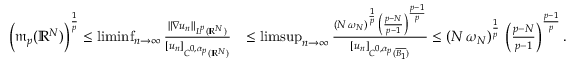
\begin{array} { r l } { \Big ( \mathfrak { m } _ { p } ( \mathbb { R } ^ { N } ) \Big ) ^ { \frac { 1 } { p } } \le \operatorname* { l i m i n f } _ { n \to \infty } \frac { \| \nabla u _ { n } \| _ { L ^ { p } ( \mathbb { R } ^ { N } ) } } { [ u _ { n } ] _ { C ^ { 0 , \alpha _ { p } } ( \mathbb { R } ^ { N } ) } } } & { \le \operatorname* { l i m s u p } _ { n \to \infty } \frac { ( N \, \omega _ { N } ) ^ { \frac { 1 } { p } } \, \left( \frac { p - N } { p - 1 } \right) ^ { \frac { p - 1 } { p } } } { [ u _ { n } ] _ { C ^ { 0 , \alpha _ { p } } ( \overline { { B _ { 1 } } } ) } } \le ( N \, \omega _ { N } ) ^ { \frac { 1 } { p } } \, \left( \frac { p - N } { p - 1 } \right) ^ { \frac { p - 1 } { p } } . } \end{array}